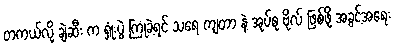
တကယ်လို့ ချဲဆီး က ရှုံးပွဲ ကြုံခဲ့ရင် သရေ ကျတာ နဲ့ အုပ်စု ဗိုလ် ဖြစ်ဖို့ အခွင့်အရေး